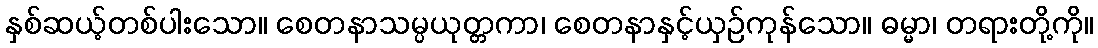
နှစ်ဆယ့်တစ်ပါးသော။ စေတနာသမ္ပယုတ္တကာ၊ စေတနာနှင့်ယှဉ်ကုန်သော။ ဓမ္မာ၊ တရားတို့ကို။